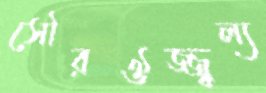
সৌরঔজ্জ্বল্য